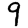
Digit: 9